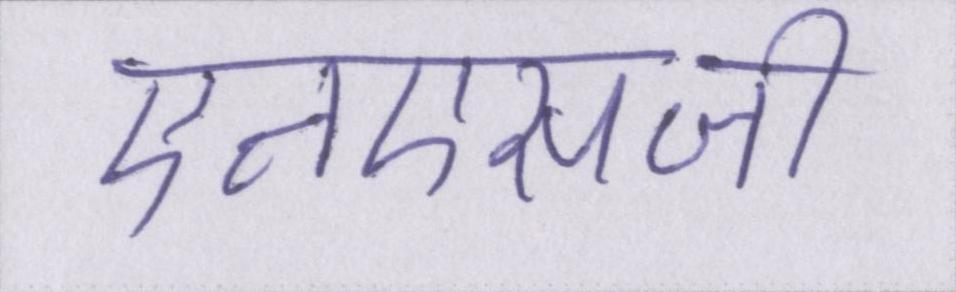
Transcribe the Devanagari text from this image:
एनएसजी